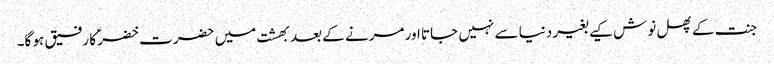
جنت کے پھل نوش کیے بغیر دنیا سے نہیں جاتا اور مرنے کے بعد بھشت میں حضرت خضرؑ کا رفیق ہو گا۔